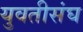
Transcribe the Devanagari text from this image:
युवतीसंघ